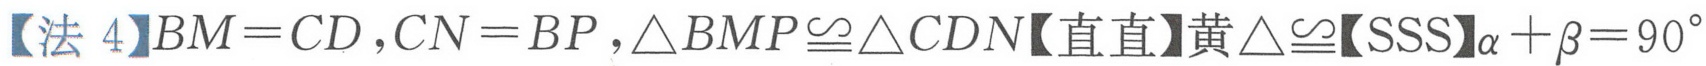
【法 4】\(BM = CD,CN = BP,\triangle BMP\cong\triangle CDN\)【直直】黄\(\triangle\cong\)【SSS】\(\alpha+\beta = 90^{\circ}\)